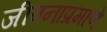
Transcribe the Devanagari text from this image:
जीवनाप्रमाणे